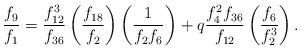
\begin{align*}\frac{f_9}{f_1}= \frac{f^{3}_{12}}{f_{36}}\left(\frac{f_{18}}{f_{2}} \right)\left(\frac{1}{f_{2}f_{6}} \right) +q\frac{f^{2}_4f_{36}}{f_{12}}\left(\frac{f_{6}}{f^{3}_{2}} \right).\end{align*}